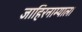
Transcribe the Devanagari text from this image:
जाहिरनाम्याला